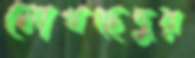
মোখছেদুর